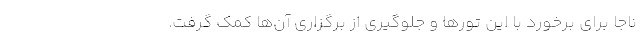
ناجا برای برخورد با این تورها و جلوگیری از برگزاری آن‌ها کمک گرفت.